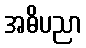
အဓိပညာ